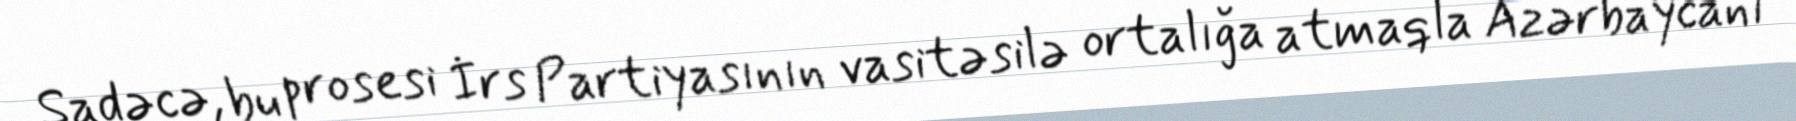
Sadəcə, bu prosesi İrs Partiyasının vasitəsilə ortalığa atmaqla Azərbaycanı